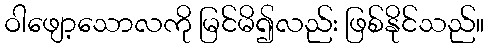
ဝါဖျော့သောလကို မြင်မိ၍လည်း ဖြစ်နိုင်သည်။